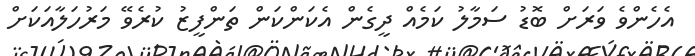
އެހެންވެ ވަރަށް ބޮޑު ސަމާލު ކަމެއް ދީގެން އެކަންކަން ތަންފީޒު ކުރެވޭ މަރުހަލާއަކަށް